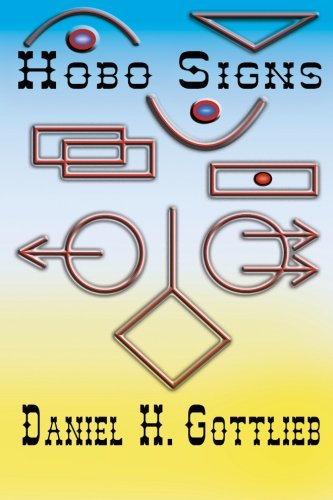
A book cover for Hobo Signs (The Galileo Series) (Volume 4); Daniel H Gottlieb; Science Fiction & Fantasy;